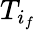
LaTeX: T_{i_{f}}